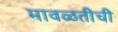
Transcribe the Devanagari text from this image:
मावळतीची